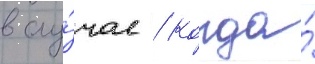
в слу́чае / когда́